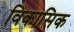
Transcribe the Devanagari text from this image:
विकासिक